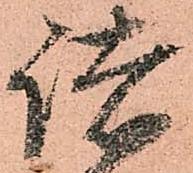
諸